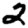
Digit: 2